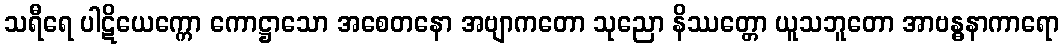
သရီရေ ပါဋိယေက္ကော ကောဋ္ဌာသော အစေတနော အဗျာကတော သုညော နိဿတ္တော ယူသဘူတော အာဗန္ဓနာကာရော